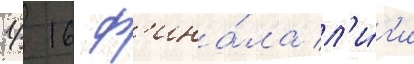
1/ 16 ф'ина́ла л'и́г'и